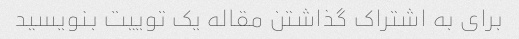
برای به اشتراک گذاشتن مقاله یک توییت بنویسید